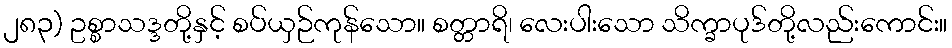
၂၈၃) ဥစ္စာသဒ္ဒတို့နှင့် စပ်ယှဉ်ကုန်သော။ စတ္တာရိ၊ လေးပါးသော သိက္ခာပုဒ်တို့လည်းကောင်း။